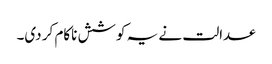
عدالت نے یہ کوشش ناکام کر دی۔